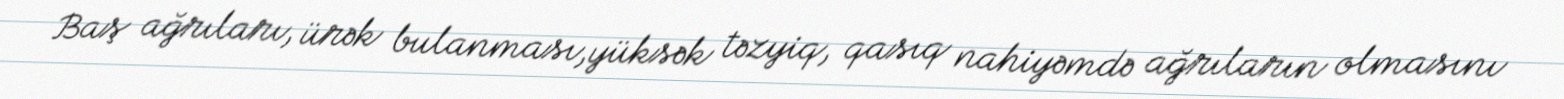
Baş ağrıları, ürək bulanması,yüksək təzyiq, qasıq nahiyəmdə ağrıların olmasını